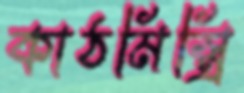
কাঠমিস্ত্রি